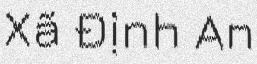
Xã Định An